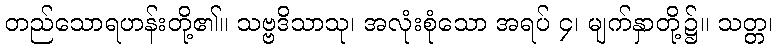
တည်သောရဟန်းတို့၏။ သဗ္ဗဒိသာသု၊ အလုံးစုံသော အရပ် ၄၊ မျက်နှာတို့၌။ သတ္တ၊